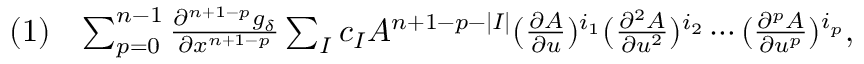
\begin{array} { r l r } & { ( 1 ) } & { \sum _ { p = 0 } ^ { n - 1 } \frac { \partial ^ { n + 1 - p } g _ { \delta } } { \partial x ^ { n + 1 - p } } \sum _ { I } c _ { I } A ^ { n + 1 - p - | I | } ( \frac { \partial A } { \partial u } ) ^ { i _ { 1 } } ( \frac { \partial ^ { 2 } A } { \partial u ^ { 2 } } ) ^ { i _ { 2 } } \cdots ( \frac { \partial ^ { p } A } { \partial u ^ { p } } ) ^ { i _ { p } } , } \end{array}